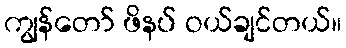
ကျွန်တော် ဖိနပ် ဝယ်ချင်တယ်။